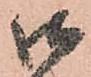
御